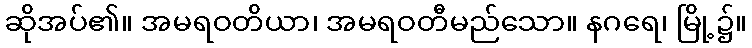
ဆိုအပ်၏။ အမရဝတိယာ၊ အမရဝတီမည်သော။ နဂရေ၊ မြို့၌။